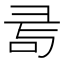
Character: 𢑔